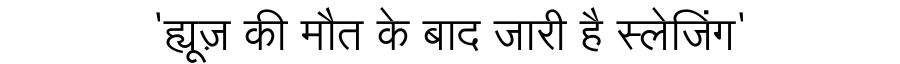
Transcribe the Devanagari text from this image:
'ह्यूज़ की मौत के बाद जारी है स्लेजिंग'